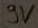
Text: 9V